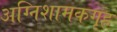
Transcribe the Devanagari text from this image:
अग्निशामकगृह